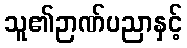
သူ၏ဉာဏ်ပညာနှင့်